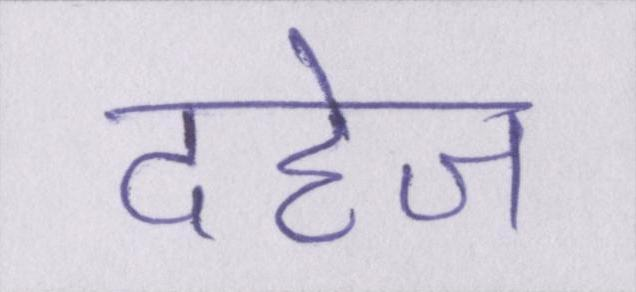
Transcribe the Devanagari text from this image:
दहेज